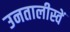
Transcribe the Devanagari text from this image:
उनतालीस्वें